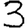
Digit: 3